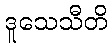
ဒူသေသီတိ